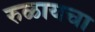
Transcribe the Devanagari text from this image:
रुळायचा